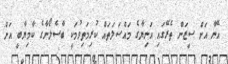
އޭނާ އަށް ސީޒަން ތެރޭގައި އަނިޔާގެ މައްސަލަތައް ކުރިމަތިވުމަކީ ބާސެލޯނާގެ ކާމިޔާބީ އަށް